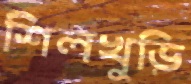
শিলখুড়ি